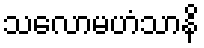
သလောမဟံသာနိ